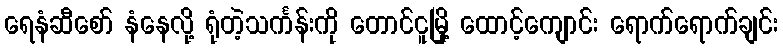
ရေနံဆီစော် နံနေလို့ ရုံတဲ့သင်္ကန်းကို တောင်ငူမြို့ ထောင့်ကျောင်း ရောက်ရောက်ချင်း